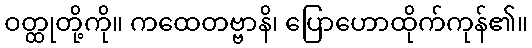
ဝတ္ထုတို့ကို။ ကထေတဗ္ဗာနိ၊ ပြောဟောထိုက်ကုန်၏။